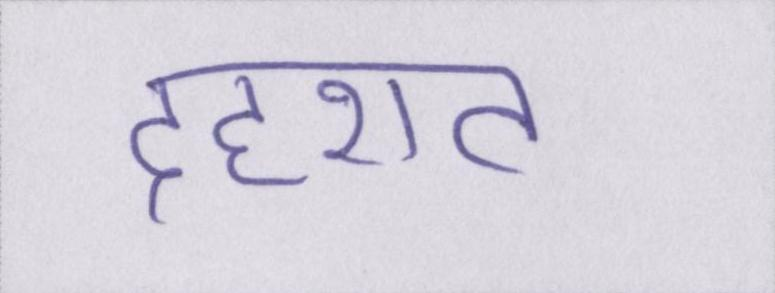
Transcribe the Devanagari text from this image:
दहशत